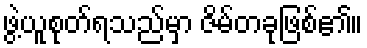
ဖွဲ့ယူစုတ်ရသည်မှာ ဇိမ်တခုဖြစ်၏။